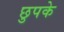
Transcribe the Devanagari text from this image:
छुपके